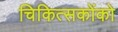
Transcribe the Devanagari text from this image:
चिकित्सकोंको